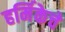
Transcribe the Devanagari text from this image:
हर्मिकेचे